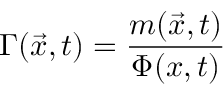
\Gamma ( \vec { x } , t ) = \frac { m ( \vec { x } , t ) } { \Phi ( x , t ) }